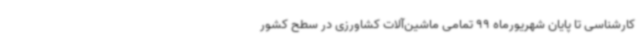
کارشناسی تا پایان شهریورماه 99 تمامی ماشین‌آلات کشاورزی در سطح کشور